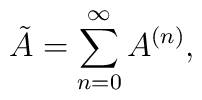
\tilde A=\sum_{n=0}^\infty A^{(n)},